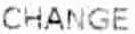
CHANGE